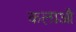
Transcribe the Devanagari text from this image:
कलाऔ